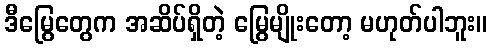
ဒီမြွေတွေက အဆိပ်ရှိတဲ့ မြွေမျိုးတော့ မဟုတ်ပါဘူး။